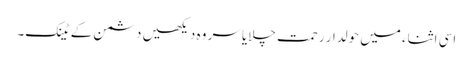
اسی اثناء میں حولدار رحمت چلایا سر وہ دیکھیں دشمن کے ٹینک۔